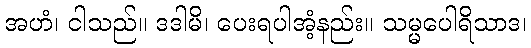
အဟံ၊ ငါသည်။ ဒဒါမိ၊ ပေးရပါအံ့နည်း။ သမ္မပေါရိသာဒ၊